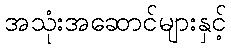
အသုံးအဆောင်များနှင့်